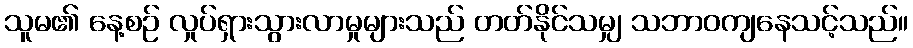
သူမ၏ နေ့စဉ် လှုပ်ရှားသွားလာမှုများသည် တတ်နိုင်သမျှ သဘာဝကျနေသင့်သည်။